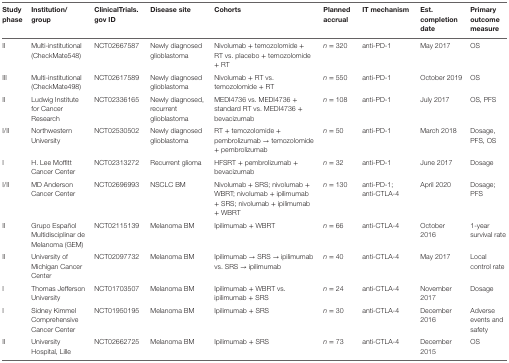
<table><thead><tr><td><b>Study phase</b></td><td><b>Institution/group</b></td><td><b>ClinicalTrials.gov ID</b></td><td><b>Disease site</b></td><td><b>Cohorts</b></td><td><b>Planned accrual</b></td><td><b>IT mechanism</b></td><td><b>Est. completion date</b></td><td><b>Primary outcome measure</b></td></tr></thead><tbody><tr><td>II</td><td>Multi-institutional (CheckMate548)</td><td>NCT02667587</td><td>Newly diagnosed glioblastoma</td><td>Nivolumab + temozolomide + RT vs. placebo + temozolomide + RT</td><td><i>n</i> = 320</td><td>anti-PD-1</td><td>May 2017</td><td>OS</td></tr><tr><td>III</td><td>Multi-institutional (CheckMate498)</td><td>NCT02617589</td><td>Newly diagnosed glioblastoma</td><td>Nivolumab + RT vs. temozolomide + RT</td><td><i>n</i> = 550</td><td>anti-PD-1</td><td>October 2019</td><td>OS</td></tr><tr><td>II</td><td>Ludwig Institute for Cancer Research</td><td>NCT02336165</td><td>Newly diagnosed, recurrent glioblastoma</td><td>MEDI4736 vs. MEDI4736 + standard RT vs. MEDI4736 + bevacizumab</td><td><i>n</i> = 108</td><td>anti-PD-1</td><td>July 2017</td><td>OS, PFS</td></tr><tr><td>I/II</td><td>Northwestern University</td><td>NCT02530502</td><td>Newly diagnosed glioblastoma</td><td>RT + temozolomide + pembrolizumab → temozolomide + pembrolizumab</td><td><i>n</i> = 50</td><td>anti-PD-1</td><td>March 2018</td><td>Dosage, PFS, OS</td></tr><tr><td>I</td><td>H. Lee Moffitt Cancer Center</td><td>NCT02313272</td><td>Recurrent glioma</td><td>HFSRT + pembrolizumab + bevacizumab</td><td><i>n</i> = 32</td><td>anti-PD-1</td><td>June 2017</td><td>Dosage</td></tr><tr><td>I/II</td><td>MD Anderson Cancer Center</td><td>NCT02696993</td><td>NSCLC BM</td><td>Nivolumab + SRS; nivolumab + WBRT; nivolumab + ipilimumab + SRS; nivolumab + ipilimumab + WBRT</td><td><i>n</i> = 130</td><td>anti-PD-1; anti-CTLA-4</td><td>April 2020</td><td>Dosage; PFS</td></tr><tr><td>II</td><td>Grupo Español Multidisciplinar de Melanoma (GEM)</td><td>NCT02115139</td><td>Melanoma BM</td><td>Ipilimumab + WBRT</td><td><i>n</i> = 66</td><td>anti-CTLA-4</td><td>October 2016</td><td>1-year survival rate</td></tr><tr><td>II</td><td>University of Michigan Cancer Center</td><td>NCT02097732</td><td>Melanoma BM</td><td>Ipilimumab → SRS → ipilimumab vs. SRS → ipilimumab</td><td><i>n</i> = 40</td><td>anti-CTLA-4</td><td>May 2017</td><td>Local control rate</td></tr><tr><td>I</td><td>Thomas Jefferson University</td><td>NCT01703507</td><td>Melanoma BM</td><td>Ipilimumab + WBRT vs. ipilimumab + SRS</td><td><i>n</i> = 24</td><td>anti-CTLA-4</td><td>November 2017</td><td>Dosage</td></tr><tr><td>I</td><td>Sidney Kimmel Comprehensive Cancer Center</td><td>NCT01950195</td><td>Melanoma BM</td><td>Ipilimumab + SRS</td><td><i>n</i> = 30</td><td>anti-CTLA-4</td><td>December 2016</td><td>Adverse events and safety</td></tr><tr><td>II</td><td>University Hospital, Lille</td><td>NCT02662725</td><td>Melanoma BM</td><td>Ipilimumab + SRS</td><td><i>n</i> = 73</td><td>anti-CTLA-4</td><td>December 2015</td><td>OS</td></tr></tbody></table>